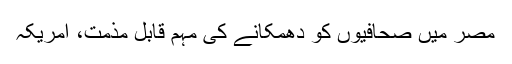
مصر میں صحافیوں کو دھمکانے کی مہم قابل مذمت، امریکہ